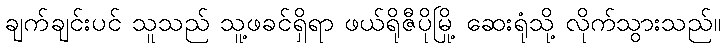
ချက်ချင်းပင် သူသည် သူ့ဖခင်ရှိရာ ဖယ်ရိုဇီပိုမြို့ ဆေးရုံသို့ လိုက်သွားသည်။